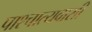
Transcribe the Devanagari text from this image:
पाश्चात्यवासी